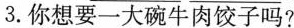
3.你想要一大碗牛肉饺子吗?